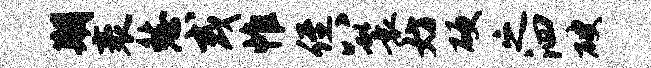
期袤愁或帷侄八鬟妨硬之泗破